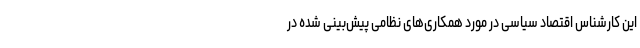
این کارشناس اقتصاد سیاسی در مورد همکاری‌های نظامی پیش‌بینی شده در